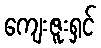
ကျေးဇူးရှင်